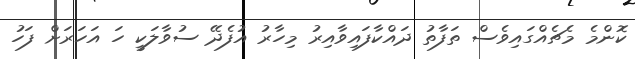
ކޮންމެ މެޗެއްގައިވެސް ތަފާތު ދައްކާފައިވާއިރު މިހާރު އުފެދޭ ސުވާލަކީ ހަ އަހަރަށް ފަހު